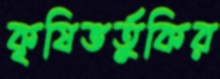
কৃষিভর্তুকির